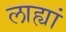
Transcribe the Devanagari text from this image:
लाह्यां